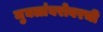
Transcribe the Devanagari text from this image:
मुघलांबरोबरची